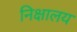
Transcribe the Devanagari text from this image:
निक्षालय